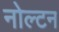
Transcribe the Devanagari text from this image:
नोल्टन